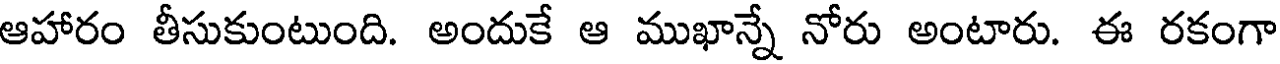
ఆహారం తీసుకుంటుంది. అందుకే ఆ ముఖాన్నే నోరు అంటారు. ఈ రకంగా